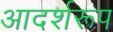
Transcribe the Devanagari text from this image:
आदर्शरूप